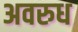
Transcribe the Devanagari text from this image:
अवरुध